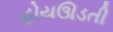
હોયઊડતી